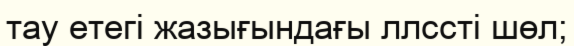
тау етегі жазығындағы ллссті шөл;